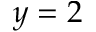
y = 2